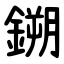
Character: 鎙